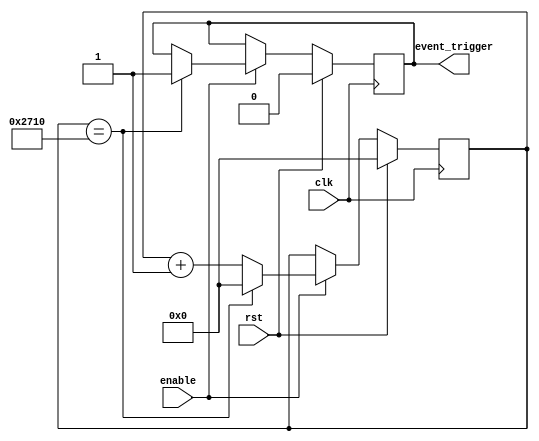
module EventTimer (
  input wire clk,          // System clock input
  input wire rst,          // Reset signal
  input wire enable,       // Enable signal
  output reg event_trigger // Event trigger signal
);

reg [31:0] counter;        // Configurable counter for timing events
parameter COMP_VALUE = 10000; // Comparator value for triggering events at specific time value

always @(posedge clk) begin
  if (rst) begin
    counter <= 0;         // Reset counter
    event_trigger <= 0;   // Reset event trigger signal
  end else if (enable) begin
    counter <= counter + 1; // Increment counter
    if (counter == COMP_VALUE) begin
      event_trigger <= 1; // Trigger event when counter reaches comparator value
      counter <= 0;       // Reset counter after event trigger
    end
  end
end

endmodule